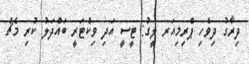
ދިރާގު ދިވެހި ޕްރިމިއަރ ލީގު: ޓީސީ އަދި ވިކްޓަރީ ބައްދަލު ކުރި މެޗް